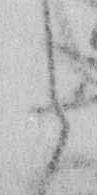
候